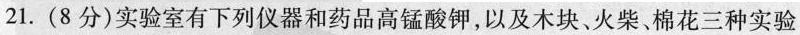
21.(8分)实验室有下列仪器和药品高锰酸钾，以及木块、火柴、棉花三种实验